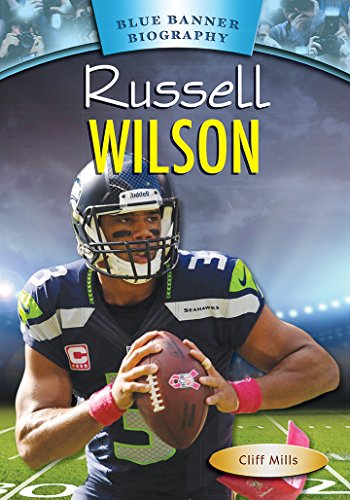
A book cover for Russell Wilson (Blue Banner Biography); Cliff Mills; Children's Books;